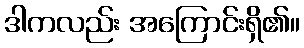
ဒါကလည်း အကြောင်းရှိ၏။